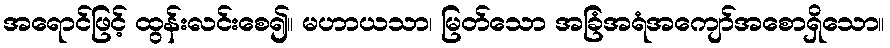
အရောင်ဖြင့် ထွန်းလင်းစေ၍။ မဟာယသာ၊ မြတ်သော အခြံအရံအကျော်အစောရှိသော။